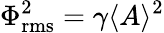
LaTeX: {\Phi}_{\mathrm{rms}}^{2}=\gamma\langle{A}\rangle^{2}